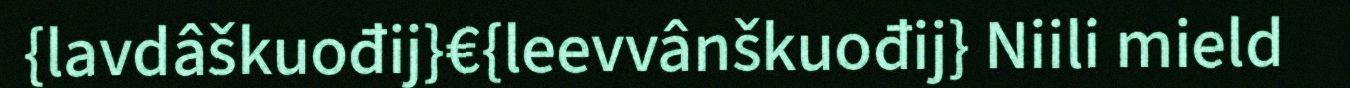
{lavdâškuođij}€{leevvânškuođij} Niili mield